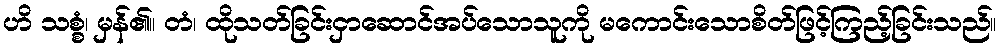
ဟိ သစ္စံ၊ မှန်၏။ တံ၊ ထိုသတ်ခြင်းငှာဆောင်အပ်သောသူကို မကောင်းသောစိတ်ဖြင့်ကြည့်ခြင်းသည်။